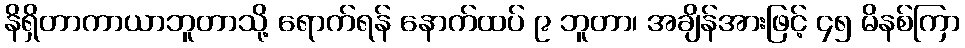
နိရှိတာကာယာဘူတာသို့ ရောက်ရန် နောက်ထပ် ၉ ဘူတာ၊ အချိန်အားဖြင့် ၄၅ မိနစ်ကြာ